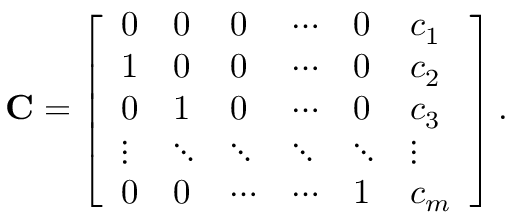
\mathbf { C } = \left[ \begin{array} { l l l l l l } { 0 } & { 0 } & { 0 } & { \cdots } & { 0 } & { c _ { 1 } } \\ { 1 } & { 0 } & { 0 } & { \cdots } & { 0 } & { c _ { 2 } } \\ { 0 } & { 1 } & { 0 } & { \cdots } & { 0 } & { c _ { 3 } } \\ { \vdots } & { \ddots } & { \ddots } & { \ddots } & { \ddots } & { \vdots } \\ { 0 } & { 0 } & { \cdots } & { \cdots } & { 1 } & { c _ { m } } \end{array} \right] .